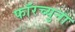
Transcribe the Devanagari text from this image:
फॉरच्युना